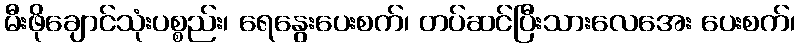
မီးဖိုချောင်သုံးပစ္စည်း၊ ရေနွေးပေးစက်၊ တပ်ဆင်ပြီးသားလေအေး ပေးစက်၊